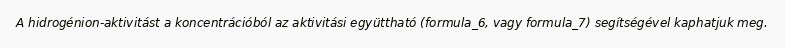
A hidrogénion-aktivitást a koncentrációból az aktivitási együttható (formula_6, vagy formula_7) segítségével kaphatjuk meg.